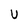
Character: U